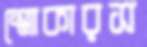
স্মোকারস